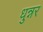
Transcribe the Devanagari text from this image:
धुन्नर